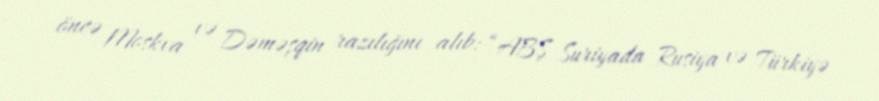
öncə Moskva və Dəməşqin razılığını alıb: “ABŞ Suriyada Rusiya və Türkiyə